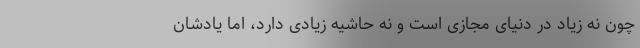
چون نه زیاد در دنیای مجازی است و نه حاشیه زیادی دارد، اما یادشان